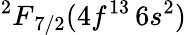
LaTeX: {^2F}_{7/2}(4f^{13}\, 6s^{2})